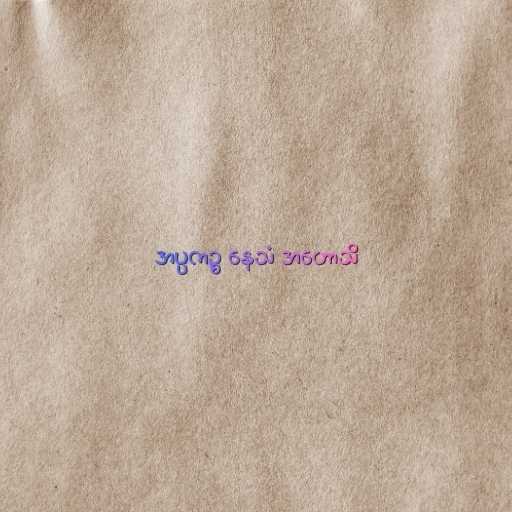
အပ္ပကဉ္စ နေသံ အဟောသိ